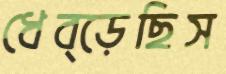
ধেব্‌ড়েছিস